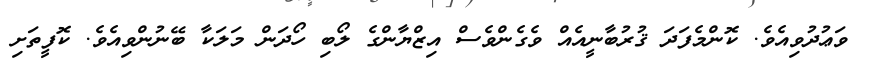
ވަޢުދުވިއެވެ. ކޮންމެފަދަ ޤުރުބާނީއެއް ވެގެންވެސް އިޒްޔާންގެ ލޯބި ހޯދަން މަލަކާ ބޭނުންވިއެވެ. ކޮފީތަށި